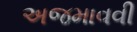
અજમાવવી